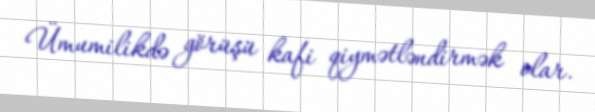
Ümumilikdə görüşü kafi qiymətləndirmək olar.